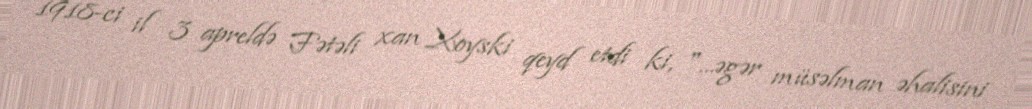
1918-ci il 3 apreldə Fətəli xan Xoyski qeyd etdi ki, "…əgər müsəlman əhalisini